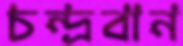
চন্দ্রবান